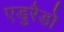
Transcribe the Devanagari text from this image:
एडुरैडो